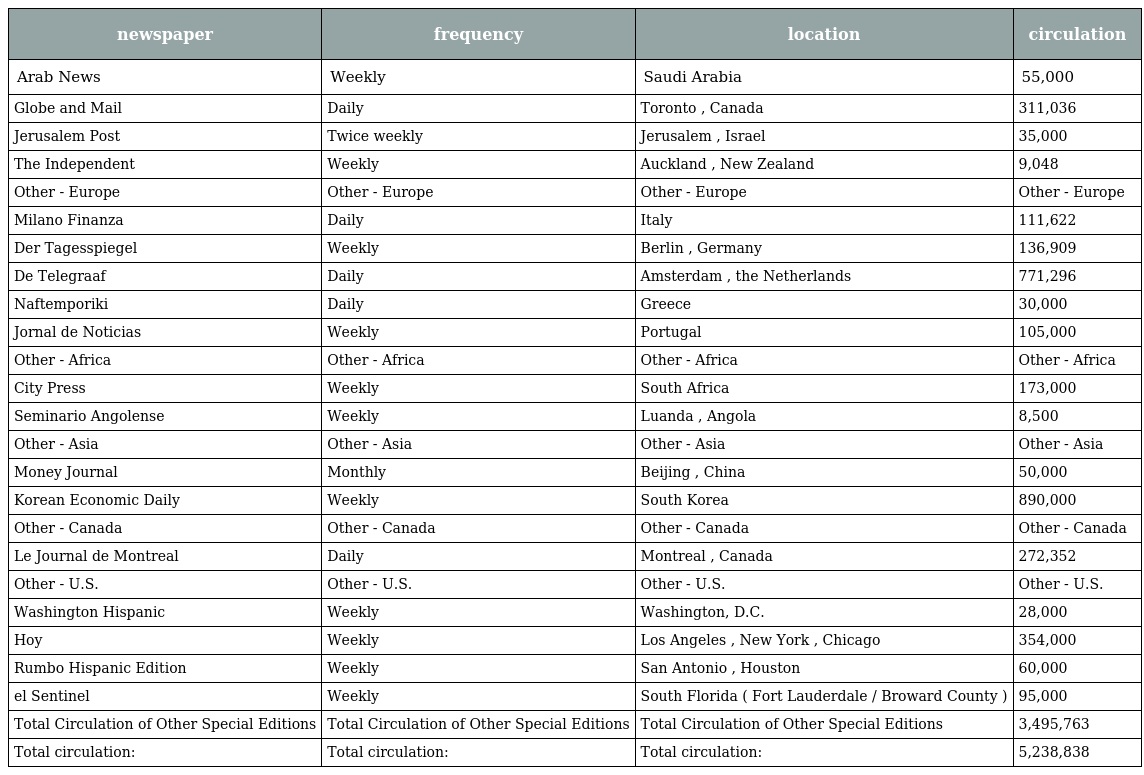
| newspaper | frequency | location | circulation |
 | --- | --- | --- | --- |
 | Arab News | Weekly | Saudi Arabia | 55,000 |
 | Globe and Mail | Daily | Toronto , Canada | 311,036 |
 | Jerusalem Post | Twice weekly | Jerusalem , Israel | 35,000 |
 | The Independent | Weekly | Auckland , New Zealand | 9,048 |
 | Other - Europe | Other - Europe | Other - Europe | Other - Europe |
 | Milano Finanza | Daily | Italy | 111,622 |
 | Der Tagesspiegel | Weekly | Berlin , Germany | 136,909 |
 | De Telegraaf | Daily | Amsterdam , the Netherlands | 771,296 |
 | Naftemporiki | Daily | Greece | 30,000 |
 | Jornal de Noticias | Weekly | Portugal | 105,000 |
 | Other - Africa | Other - Africa | Other - Africa | Other - Africa |
 | City Press | Weekly | South Africa | 173,000 |
 | Seminario Angolense | Weekly | Luanda , Angola | 8,500 |
 | Other - Asia | Other - Asia | Other - Asia | Other - Asia |
 | Money Journal | Monthly | Beijing , China | 50,000 |
 | Korean Economic Daily | Weekly | South Korea | 890,000 |
 | Other - Canada | Other - Canada | Other - Canada | Other - Canada |
 | Le Journal de Montreal | Daily | Montreal , Canada | 272,352 |
 | Other - U.S. | Other - U.S. | Other - U.S. | Other - U.S. |
 | Washington Hispanic | Weekly | Washington, D.C. | 28,000 |
 | Hoy | Weekly | Los Angeles , New York , Chicago | 354,000 |
 | Rumbo Hispanic Edition | Weekly | San Antonio , Houston | 60,000 |
 | el Sentinel | Weekly | South Florida ( Fort Lauderdale / Broward County ) | 95,000 |
 | Total Circulation of Other Special Editions | Total Circulation of Other Special Editions | Total Circulation of Other Special Editions | 3,495,763 |
 | Total circulation: | Total circulation: | Total circulation: | 5,238,838 |